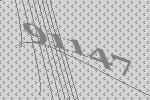
91147